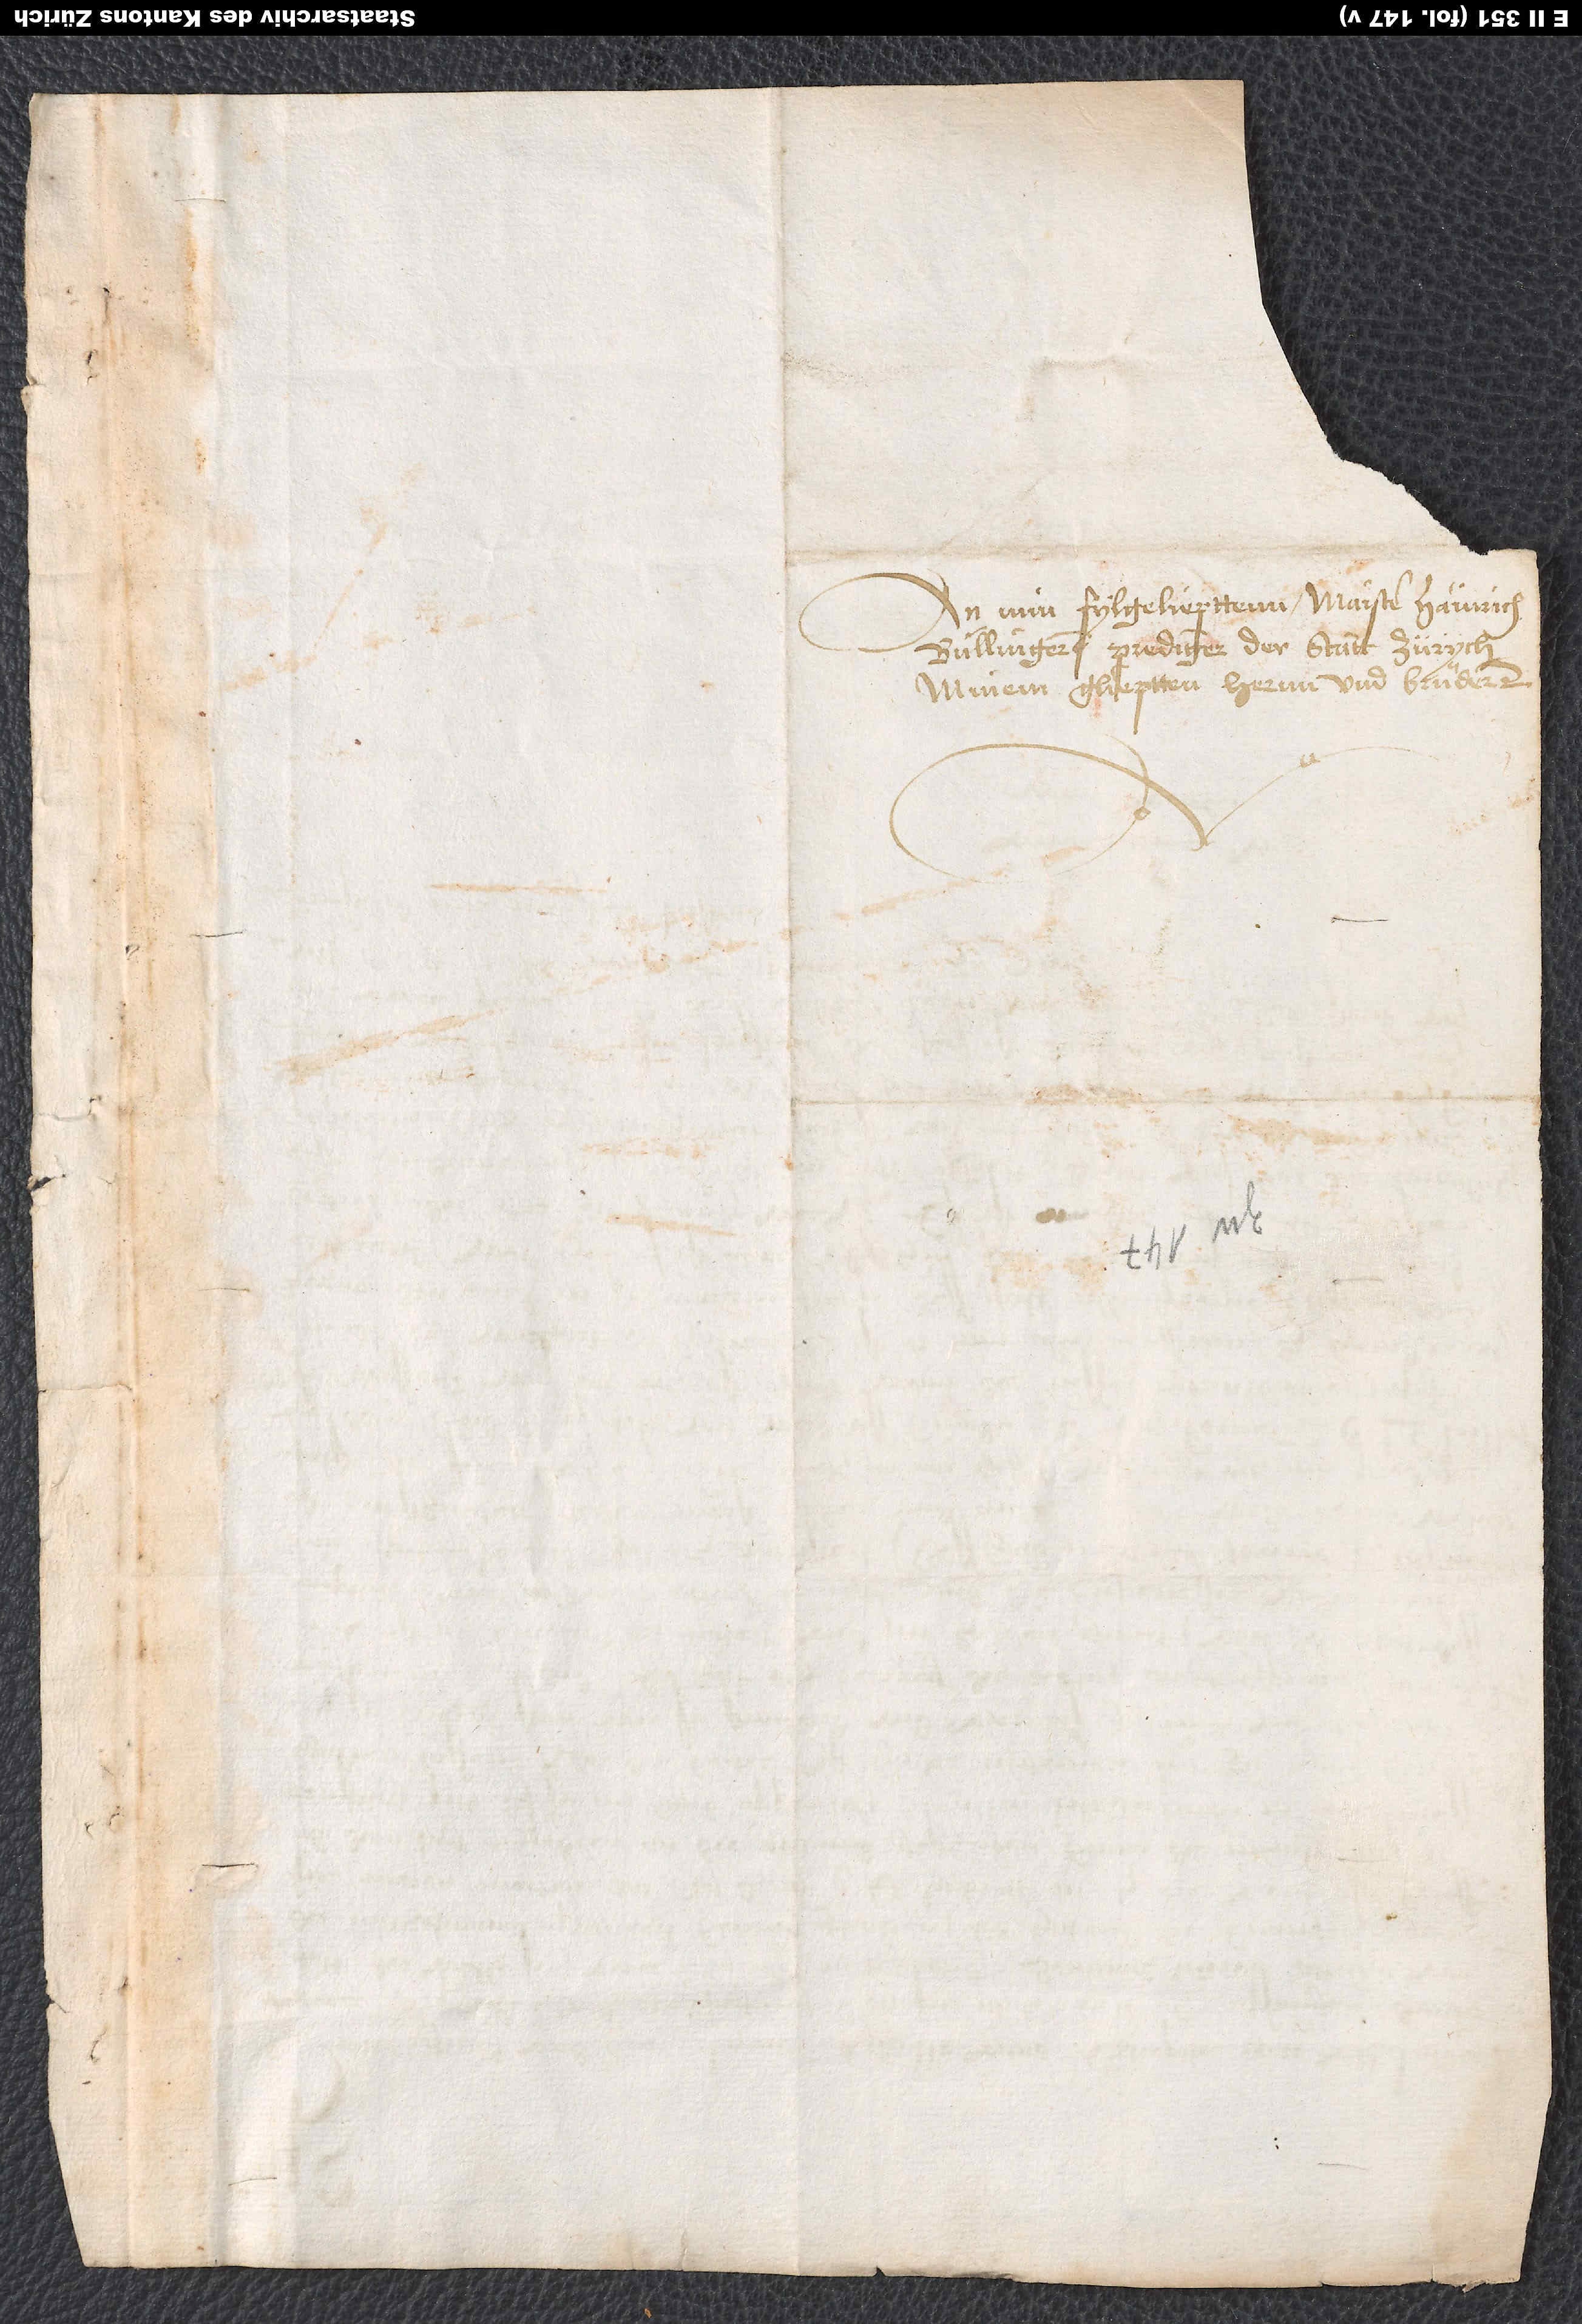
An min fylgelieptten Maister Hainrich
Bullingeren, prediger der statt Zürych,
minem glieptten hernn und bruͤder.